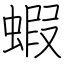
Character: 蝦